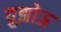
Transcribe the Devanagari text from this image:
युझोऊ